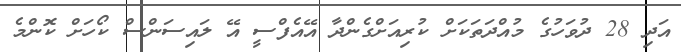
އަދި 28 ދުވަހުގެ މުއްދަތަކަށް ކުރިއަށްގެންދާ އޭއެފްސީ އޭ ލައިސަންސް ކޯހަށް ކޮންމެ